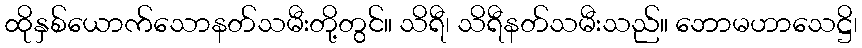
ထိုနှစ်ယောက်သောနတ်သမီးတို့တွင်။ သိရီ၊ သိရီနတ်သမီးသည်။ ဘောမဟာသေဋ္ဌိ၊